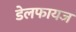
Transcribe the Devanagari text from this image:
डेलफायज